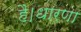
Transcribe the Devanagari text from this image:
है।धारणा